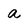
Character: a